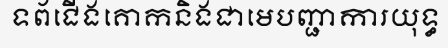
ទព័ជើងគោកនិងជាមេបញ្ជាការយុទ្ធ